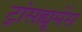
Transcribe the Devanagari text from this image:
ट्रांसह्यूमेंस